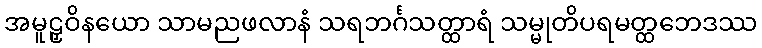
အမူဠှဝိနယော သာမညဖလာနံ သရဘင်္ဂသတ္ထာရံ သမ္မုတိပရမတ္ထဘေဒဿ